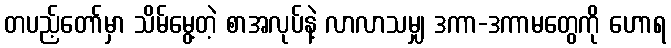
တပည့်တော်မှာ သိမ်မွေ့တဲ့ စာအလုပ်နဲ့ လာလာသမျှ ဒကာ-ဒကာမတွေကို ဟောရ